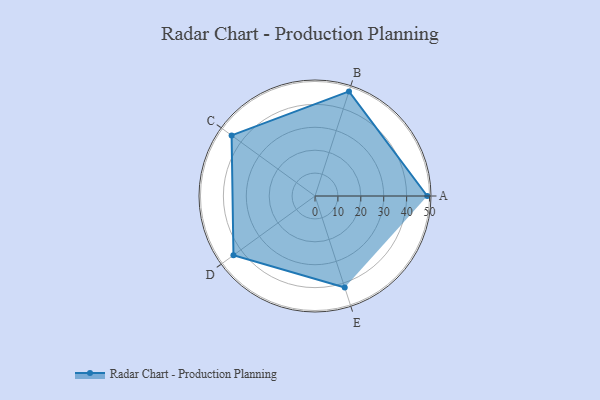
{"axis": {"x": "Skill", "y": "Score"}, "legend": ["Profile"], "data": [{"x": "A", "y": 49.0, "type": "Profile"}, {"x": "B", "y": 48.0, "type": "Profile"}, {"x": "C", "y": 45.0, "type": "Profile"}, {"x": "D", "y": 44.0, "type": "Profile"}, {"x": "E", "y": 42.0, "type": "Profile"}]}